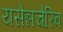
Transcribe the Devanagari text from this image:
यसेन्नचेरिब